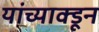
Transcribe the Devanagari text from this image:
यांच्याक्डून